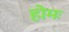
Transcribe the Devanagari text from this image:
होमः